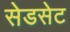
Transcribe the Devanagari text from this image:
सेडसेट